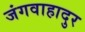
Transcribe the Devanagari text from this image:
जंगवाहादुर